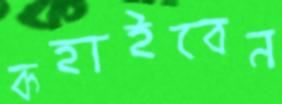
কহাইবেন